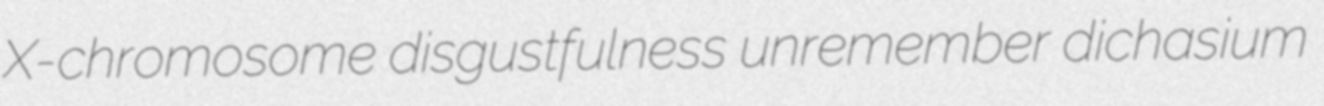
X-chromosome disgustfulness unremember dichasium